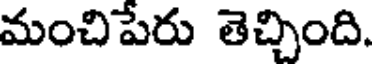
మంచిపేరు తెచ్చింది.